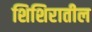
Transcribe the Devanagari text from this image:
शिशिरातील